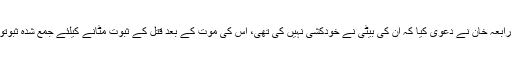
دوسری طرف جیا خان کی والدہ رابعہ خان نے دعویٰ کیا کہ ان کی بیٹی نے خودکشی نہیں کی تھی، اس کی موت کے بعد قتل کے ثبوت مٹانے کیلئے جمع شدہ ثبوتوں سے چھیڑ چھاڑ کی گئی تھی۔